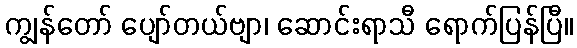
ကျွန်တော် ပျော်တယ်ဗျာ၊ ဆောင်းရာသီ ရောက်ပြန်ပြီ။